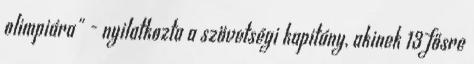
olimpiára" - nyilatkozta a szövetségi kapitány, akinek 13 fősre